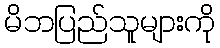
မိဘပြည်သူများကို